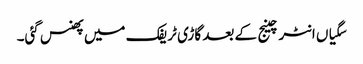
سگیاں انٹرچینج کے بعد گاڑی ٹریفک میں پھنس گئی۔